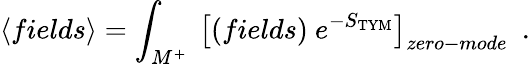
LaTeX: \left<fields\right>=\int_{M^{+}}\ \left[(fields)\ e^{-S_{\mathrm{TYM}}}\right]_{zero-mode}\ \ .